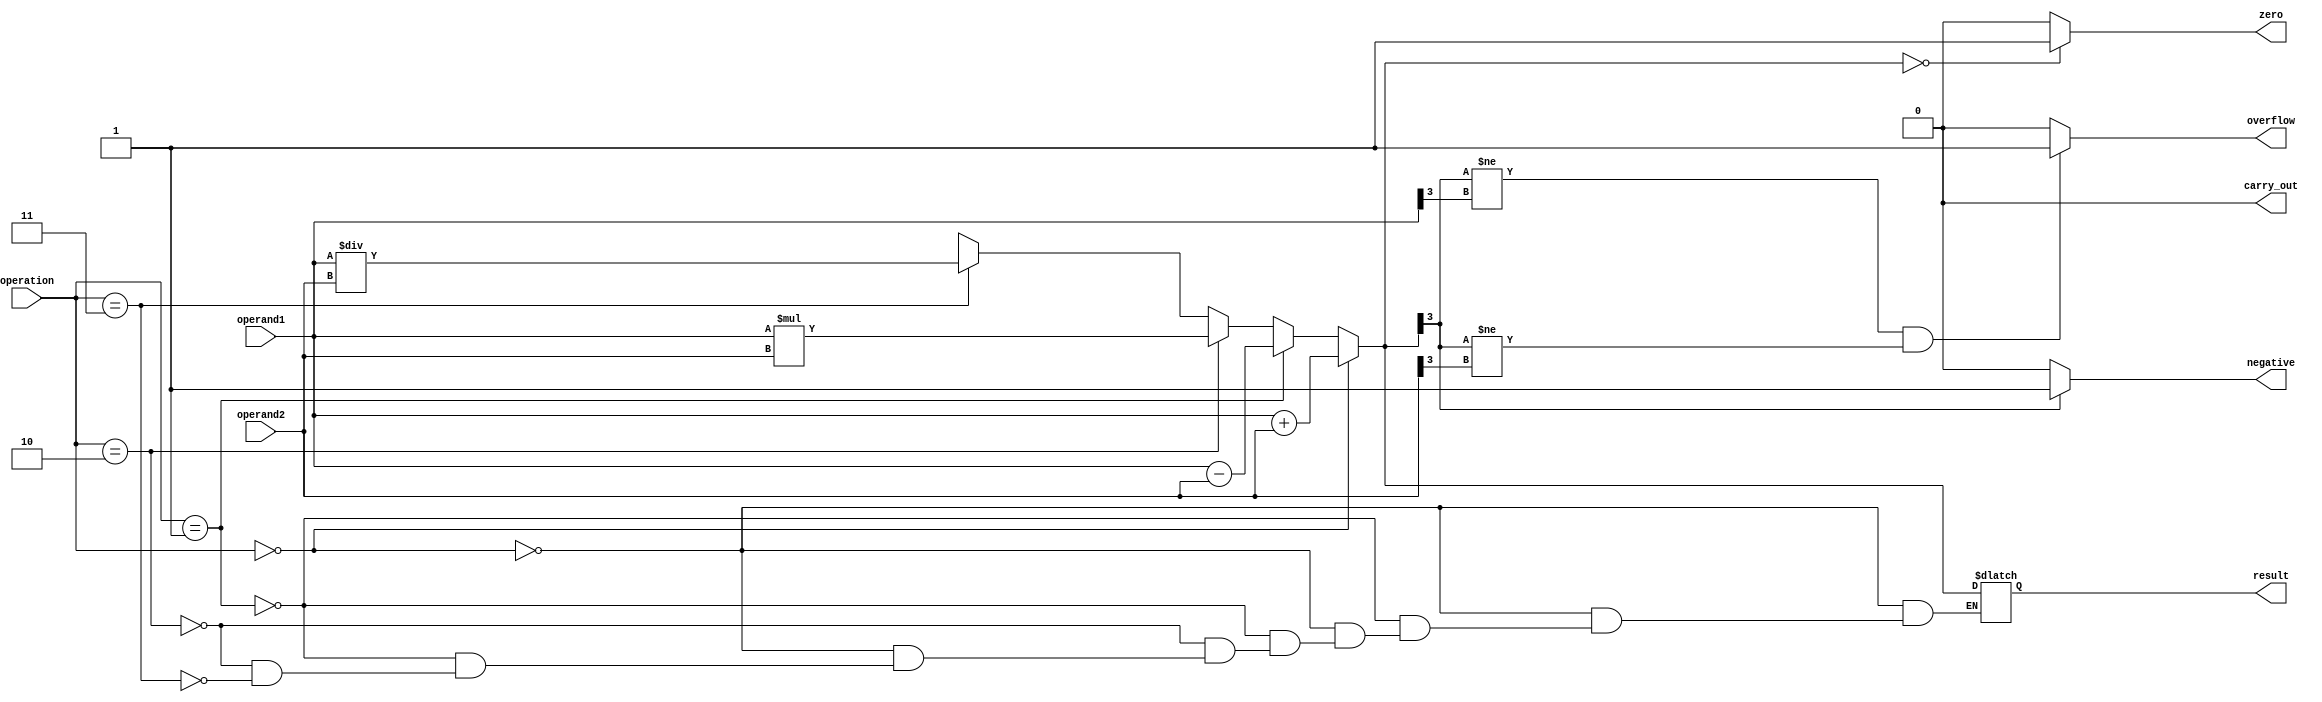
module ALU(
    input [3:0] operand1,
    input [3:0] operand2,
    input [1:0] operation,
    output reg [3:0] result,
    output reg carry_out,
    output reg overflow,
    output reg zero,
    output reg negative
);

// Arithmetic block for addition operation
always @(*)
begin
    if(operation == 2'b00) // Addition
        result = operand1 + operand2;
    else if(operation == 2'b01) // Subtraction
        result = operand1 - operand2;
    else if(operation == 2'b10) // Multiplication
        result = operand1 * operand2;
    else if(operation == 2'b11) // Division
        result = operand1 / operand2;

    // Flags
    carry_out = (result[4] == 1) ? 1 : 0; // Carry out flag
    overflow = (result[3] != operand1[3] && result[3] != operand2[3]) ? 1 : 0; // Overflow flag
    zero = (result == 0) ? 1 : 0; // Zero flag
    negative = (result[3] == 1) ? 1 : 0; // Negative flag
end

endmodule